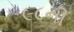
૯૮ની